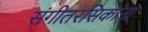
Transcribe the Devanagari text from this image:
संगीतरसिकांना